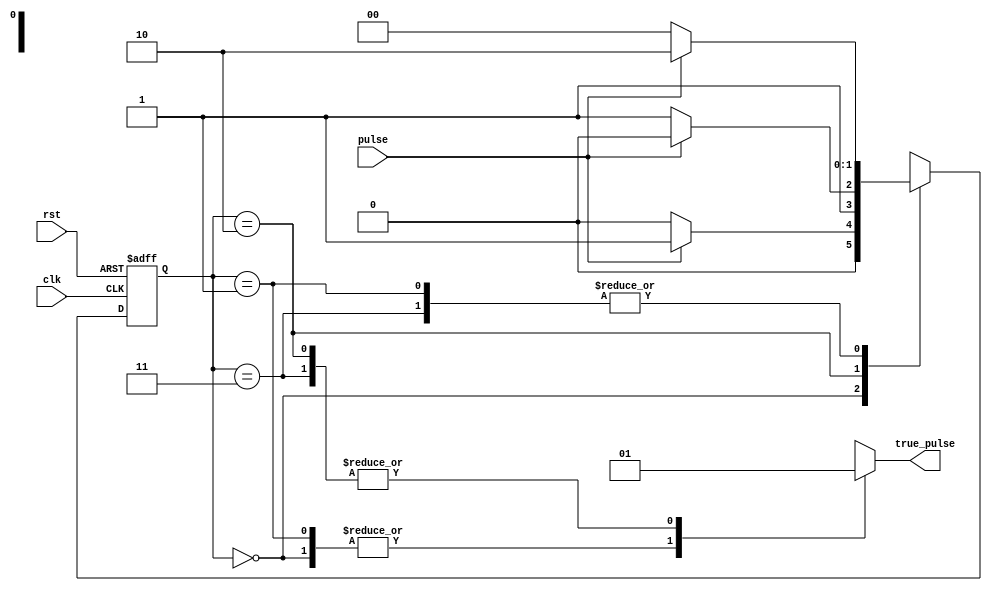
`timescale 1ps/1ps
module noise_eliminator(input clk,rst,pulse, output reg true_pulse);

parameter[1:0] Waitfor1 = 2'b00, Noisechk1 = 2'b01, Stable1 = 2'b10, Noisechk0 = 2'b11;
reg[1:0] ps,ns;

always@ (pulse) begin // State Transittions
	case (ps)
		Waitfor1:  ns = pulse ? Noisechk1 : Waitfor1;
		Noisechk1: ns = pulse ? Stable1 : Waitfor1;  
		Stable1:   ns = pulse ? Stable1 : Noisechk0;
		Noisechk0: ns = pulse ? Stable1 : Waitfor1 ;  
	endcase
end

always@ (ps) begin
	case (ps)
		Waitfor1: true_pulse = 1'b0;
		Noisechk1: true_pulse = 1'b0; 
		Stable1: true_pulse = 1'b1;
		Noisechk0: true_pulse = 1'b1;
	endcase
end

always@ (posedge clk, posedge rst) begin 
	if(rst)
		ps <= Waitfor1;
	else
		ps <= ns;	
end


endmodule